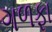
ગળફા